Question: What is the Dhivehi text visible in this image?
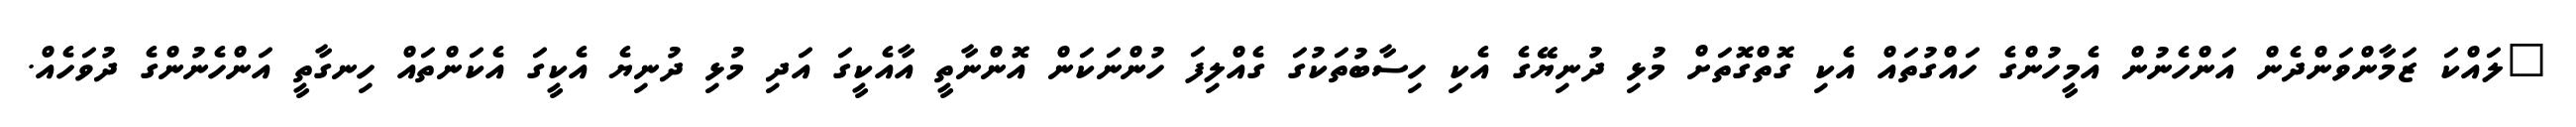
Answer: "ލައްކަ ޒަމާންވަންދެން އަންހެނުން އެމީހުންގެ ހައްގުތައް އެކި ގޮތްގޮތަށް މުޅި ދުނިޔޭގެ އެކި ހިސާބުތަކުގަ ގެއްލިފަ ހުންނަކަން އޮންނާތީ އާއެކީގަ އަދި މުޅި ދުނިޔެ އެކީގަ އެކަންތައް ހިނގާތީ އަންހެނުންގެ ދުވަހެއް.